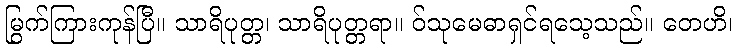
မြွက်ကြားကုန်ပြီ။ သာရိပုတ္တ၊ သာရိပုတ္တရာ။ ဝ်သုမေဓာရှင်ရသေ့သည်။ တေဟိ၊